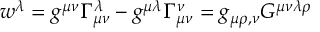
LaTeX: w ^ { \lambda } = g ^ { \mu \nu } \Gamma _ { \mu \nu } ^ { \lambda } - g ^ { \mu \lambda } \Gamma _ { \mu \nu } ^ { \nu } = g _ { \mu \rho , \nu } G ^ { \mu \nu \lambda \rho }